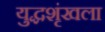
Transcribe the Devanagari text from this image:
युद्धशृंखला